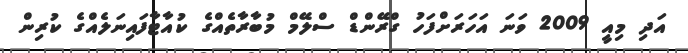
އަދި މިއީ 2009 ވަނަ އަހަރަށްފަހު ގްރޭންޑް ސްލޭމް މުބާރާތެއްގެ ކުއާޓާފައިނަލެއްގެ ކުރިން